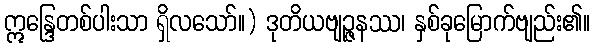
ဣန္ဒြေတစ်ပါးသာ ရှိလသော်။) ဒုတိယဗျဉ္ဇနဿ၊ နှစ်ခုမြောက်ဗျည်း၏။